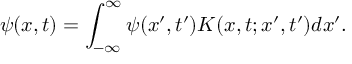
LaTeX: \psi ( x , t ) = \int _ { - \infty } ^ { \infty } \psi ( x ^ { \prime } , t ^ { \prime } ) K ( x , t ; x ^ { \prime } , t ^ { \prime } ) d x ^ { \prime } .